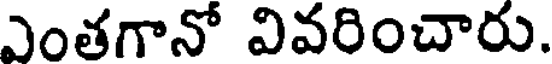
ఎంతగానో వివరించారు.